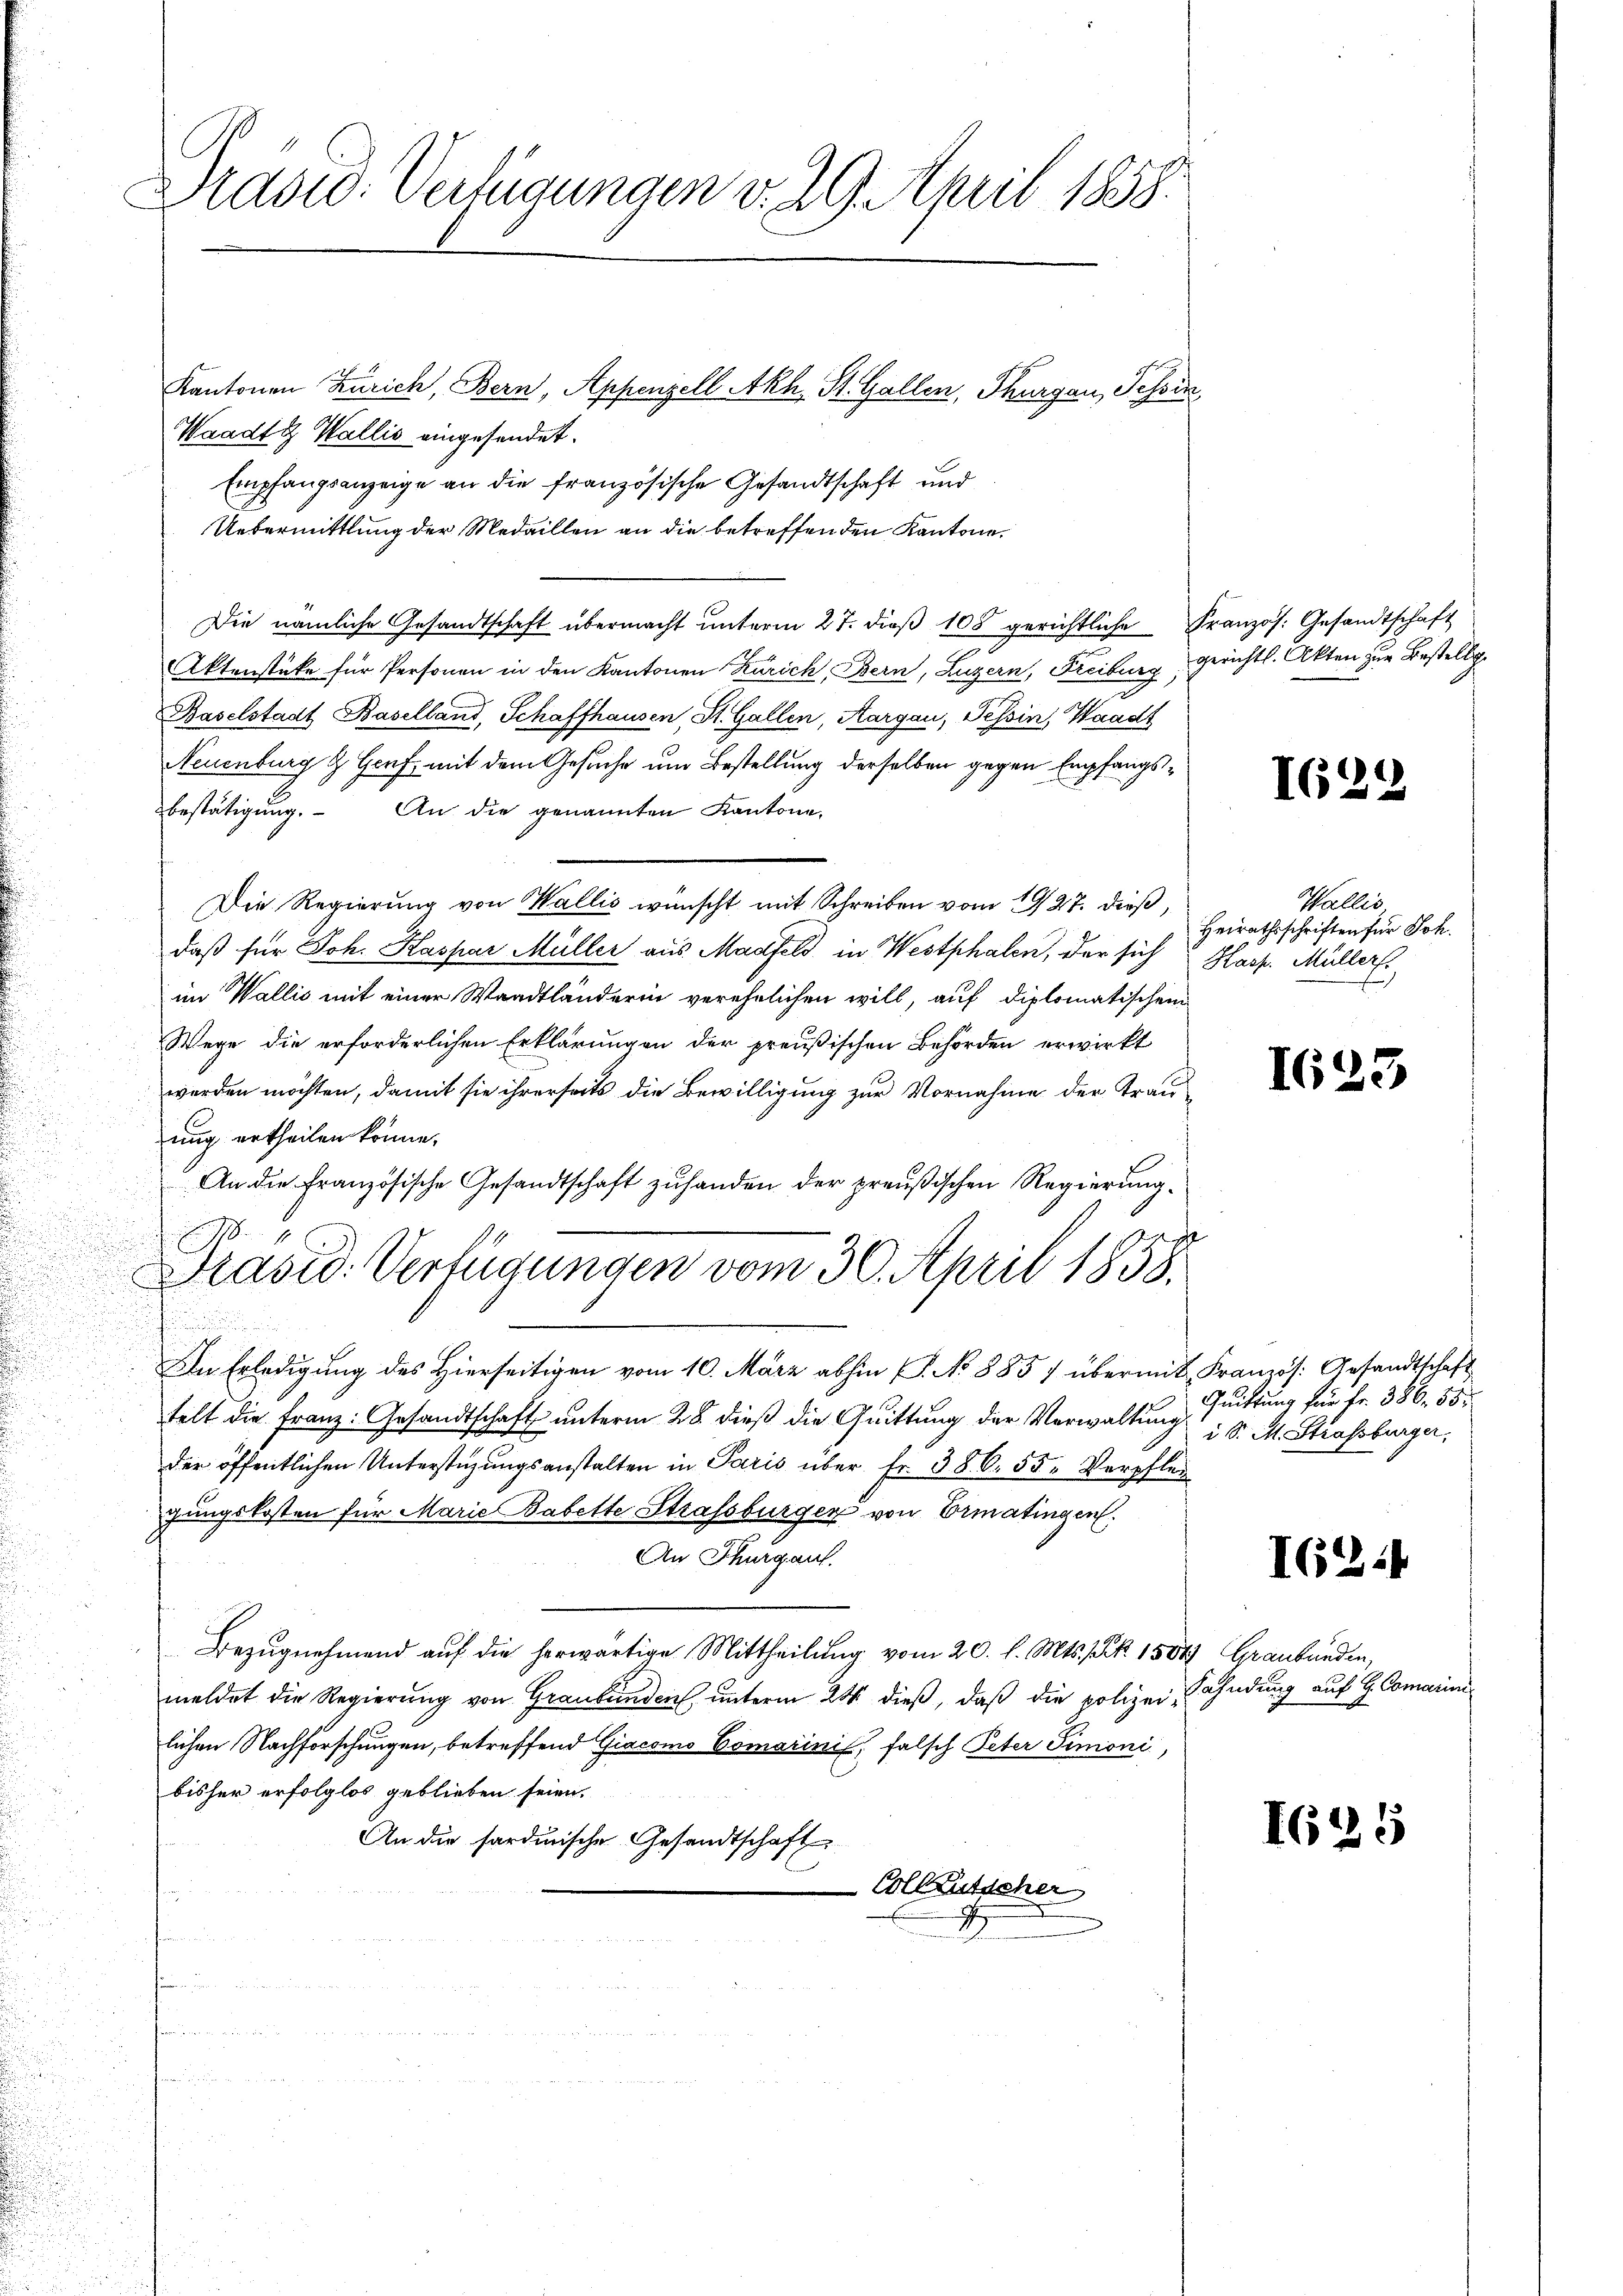
Drasid. Verfügungen v. 29. April 1858.
Kantonen Zürich, Bern, Appenzell Akh, St. Gallen, Thurgau, Schin
Waadt & Wallis eingesendet.

Empfangsanzeige an die französische Gesandtschaft und
Uebermittlung der Medaillen an die betreffenden Kantone.
Die nämliche Gesandtschaft übermacht ŭnterm 27. dieβ 108 gerichtliche Französ. Gesandtschaft
Aktenstüke für Personen in den Kantonen Zürich, Bern, Luzern, Freiburg, Gerichts-Akten zur Bestellg
o
Baselstadt Baselland, Schaffhausen, St. Gallen, Aargau, Tessin, Waadt
Neuenburg & Genf mit dem Gesuche um Bestellung derselben gegen Empfangsbestätigung. An die genannten Kantone,
Die Regierung von Wallis wünscht mit Schreiben vom 19/27. dieß,
daß für Joh. Kaspar Müller aus Madfeld in Westphalen, der sich Hasp. Müller.
im Wallis mit einer Waadtländerin verehelichen will, auf diplomatischen
Wege die erforderlichen Erklärungen der preußischen Behörden erwirkt
werden möchten, damit sie ihrerseits die Bewilligung zur Vornahme der Trauung ertheilen könne.
An die Französische Gesandtschaft zuhanden der preußischen Regierung
0
Präsid. Verfügungen vom 30. April 1858.
.
In Erledigung des Hierseitigen vom 10. März abhin (S. No 8857 übermit Französ. Gesandtschaft
telt die Franz: Gesandtschaft unterm 28. dieß die Quittung der Verwaltung
der öffentlichen Unterstüzungsanstalten in Paris über Fr. 386. 55. Verpflei
zungskosten für Marie Babette Strassburger von Ermatingen.
An Thurgau.
Bezŭgnehmend auf die herwärtige Mittheilung vom 20. d. Mts. Z. 1504) Graubünden,
meldet die Regierung von Graubünden, unterm 24. dieß, daß die polizeilichen Nachforschungen, betreffend Giacomo Comarini, falsch Peter Simoni,
bisher erfolglos geblieben seien.
An die sardinische Gesandtschaft
Colktütscher

I29

Wallis,
Heirathsschriften für Joh.

1623

Quittung für Fr. 386. 55.
i S. M. Strassburger,

IG24

Fahndung auf H. Comarini

I625